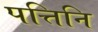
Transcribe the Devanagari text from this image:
पत्तिनि